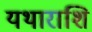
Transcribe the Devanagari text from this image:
यथाराशि